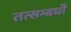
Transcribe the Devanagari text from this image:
तत्सम्बधी